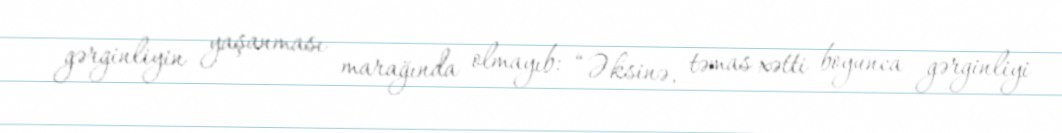
gərginliyin yaşanması marağında olmayıb: “Əksinə, təmas xətti boyunca gərginliyi